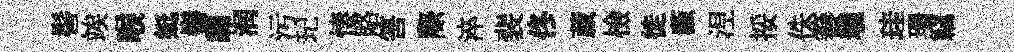
髻竢喉蜓髻翿润污玘悽賂筈際淬裴佟葳檢徙藪𣵀挼侏簮瓏珪珊竊